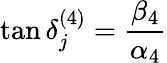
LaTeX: \tan\delta_{j}^{(4)}={\frac{\beta_{4}}{\alpha_{4}}}